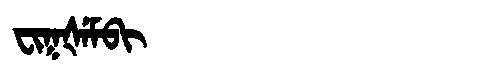
Manchu: ᠸᡳᡴᡧᡝᠮᠪᡳ
Romanization: FIKŠEMBI